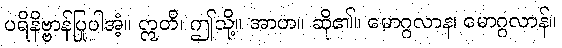
ပရိနိဗ္ဗာန်ပြုပါအံ့။ ဣတိ၊ ဤသို့။ အာဟ။ ဆို၏။ မောဂ္ဂလာန၊ မောဂ္ဂလာန်။